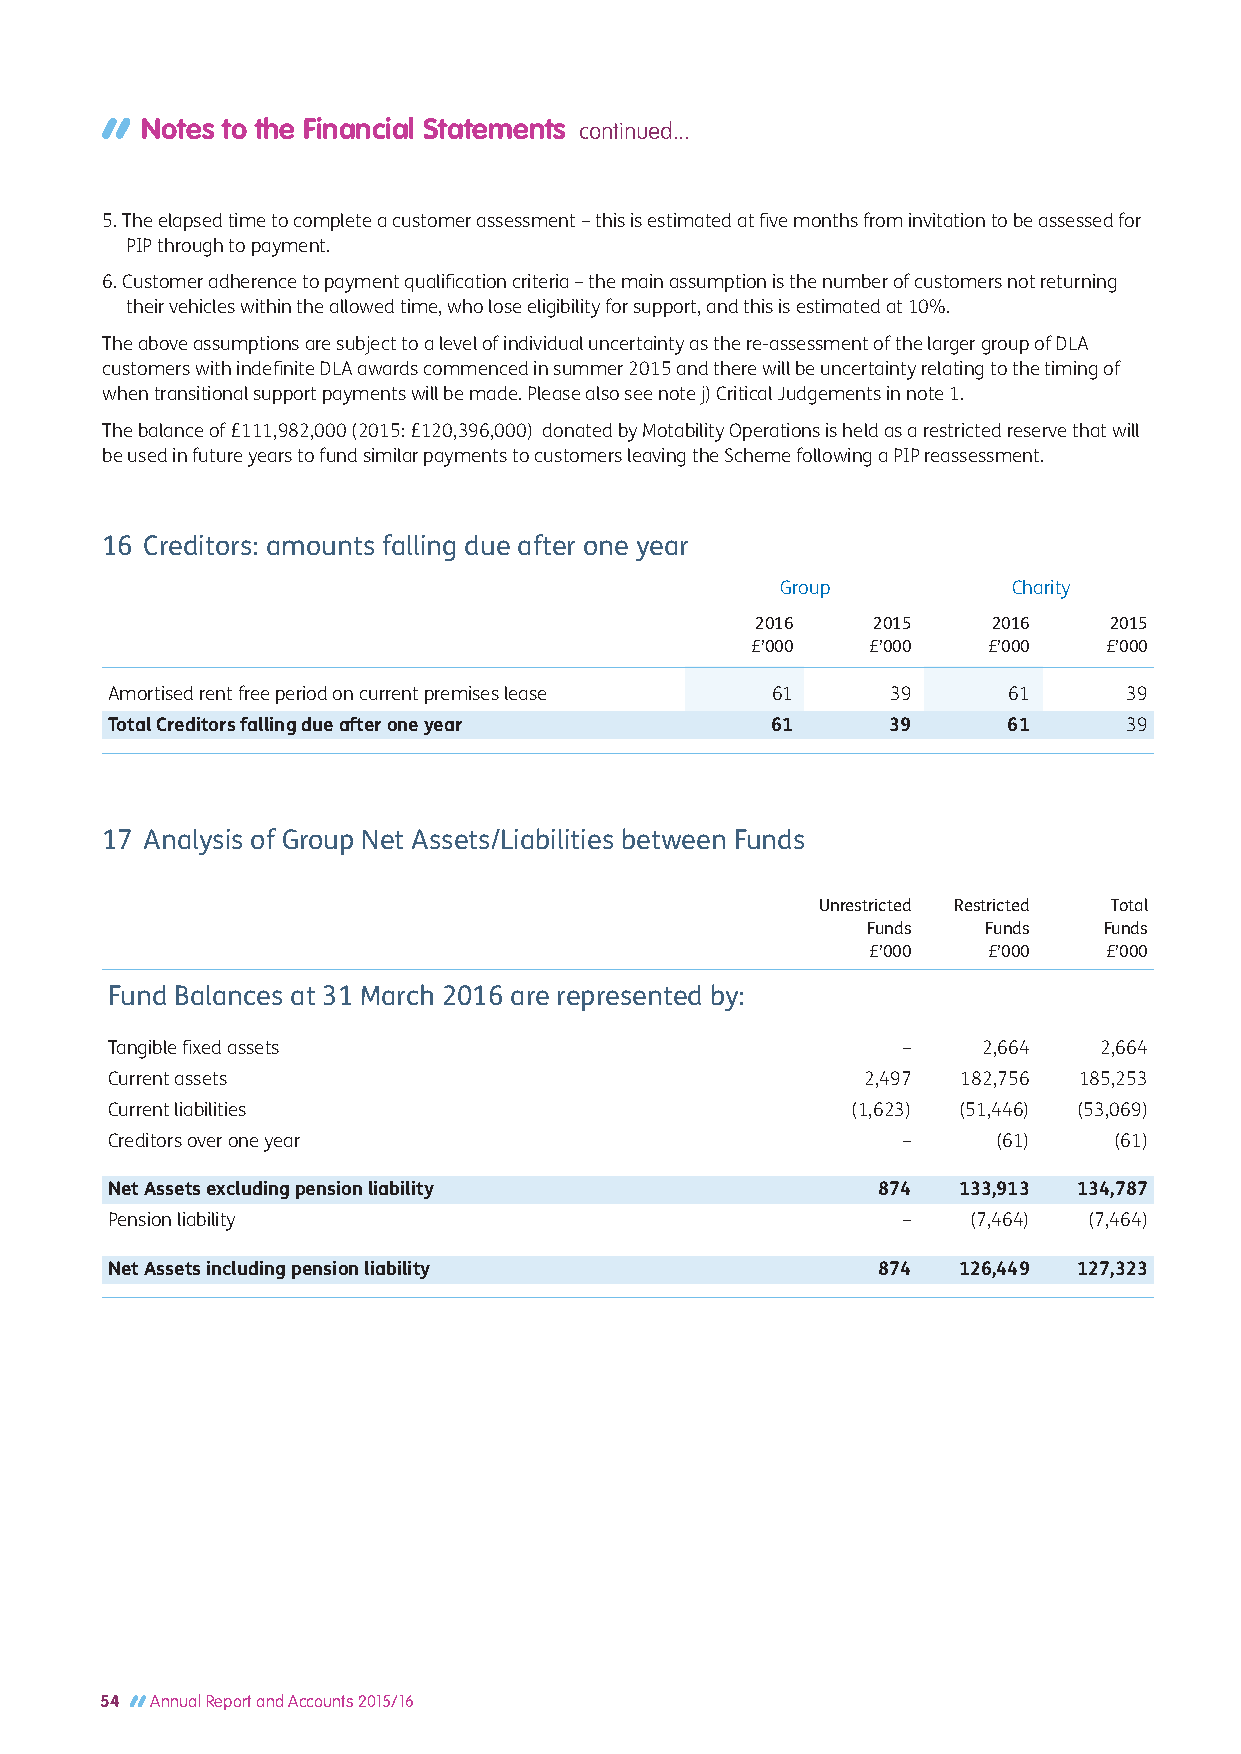
Notes to the Financial Statements continued...
 5. The elapsed time to complete a customer assessment – this is estimated at five months from invitation to be assessed for
 PIP through to payment.
 6. Customer adherence to payment qualification criteria – the main assumption is the number of customers not returning
 their vehicles within the allowed time, who lose eligibility for support, and this is estimated at 10%.
 The above assumptions are subject to a level of individual uncertainty as the re-assessment of the larger group of DLA
 customers with indefinite DLA awards commenced in summer 2015 and there will be uncertainty relating to the timing of
 when transitional support payments will be made. Please also see note j) Critical Judgements in note 1.
 The balance of £111,982,000 (2015: £120,396,000) donated by Motability Operations is held as a restricted reserve that will
 be used in future years to fund similar payments to customers leaving the Scheme following a PIP reassessment.
 16 Creditors: amounts falling due after one year
 Group          Charity
 2016    2015    2016   2015
 £’000   £’000  £’000   £’000
 Amortised rent free period on current premises lease 61 39  61      39
 Total Creditors falling due after one year  61      39      61      39
 17 Analysis of Group Net Assets/Liabilities between Funds
 Unrestricted Restricted Total
 Funds   Funds   Funds
 £’000  £’000   £’000
 Fund Balances at 31 March 2016 are represented by:
 Tangible fixed assets                                –    2,664   2,664
 Current assets                                    2,497  182,756 185,253
 Current liabilities                              (1,623) (51,446) (53,069)
 Creditors over one year                              –     (61)    (61)
 Net Assets excluding pension liability             874  133,913 134,787
 Pension liability                                    –   (7,464) (7,464)
 Net Assets including pension liability             874  126,449 127,323
 54 Annual Report and Accounts 2015/16